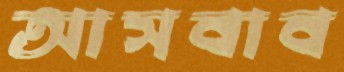
আসবাব